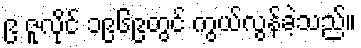
၉ ဇူလိုင် ၁၉၆၉တွင် ကွယ်လွန်ခဲ့သည်။